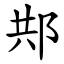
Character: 䢼